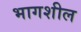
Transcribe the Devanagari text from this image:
भागशील